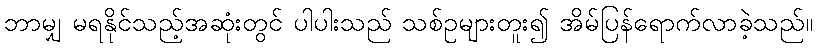
ဘာမျှ မရနိုင်သည့်အဆုံးတွင် ပါပါးသည် သစ်ဥများတူး၍ အိမ်ပြန်ရောက်လာခဲ့သည်။